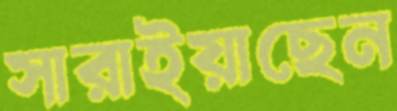
সারাইয়াছেন